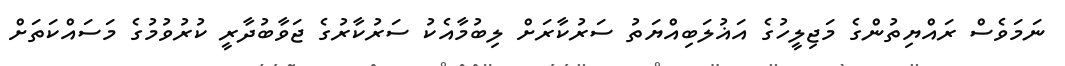
ނަމަވެސް ރައްޔިތުންގެ މަޖިލީހުގެ އަޣުލަބިއްޔަތު ސަރުކާރަށް ލިބުމާއެކު ސަރުކާރުގެ ޖަވާބުދާރީ ކުރުވުމުގެ މަސައްކަތަށް